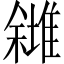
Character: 𠐸